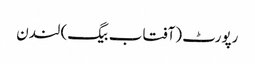
رپورٹ (آفتاب بیگ) لندن